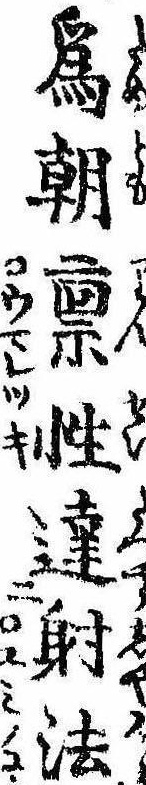
為朝禀性達射法